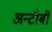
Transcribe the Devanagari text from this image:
अन्टीबी